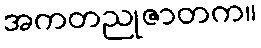
အကတညုဇာတက။